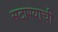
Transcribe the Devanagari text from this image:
सटाण्याची